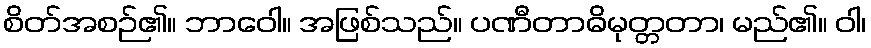
စိတ်အစဉ်၏။ ဘာဝေါ။ အဖြစ်သည်။ ပဏီတာဓိမုတ္တတာ၊ မည်၏။ ဝါ၊